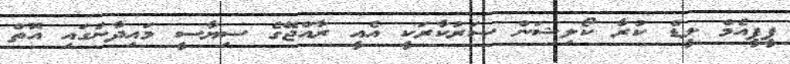
ޕީޕީއެމް ލީޑް ކުރާ ކޯލިޝަން ސަރުކާރަކީ އެއީ ރާއްޖޭގެ ސިޔާސީ މައިދާނުގައި އޮތް